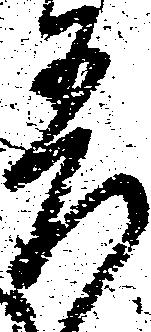
差